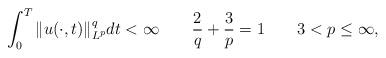
LaTeX: \begin{align*}\int_{0}^{T}\|u(\cdot,t)\|_{L^{p}}^{q}dt<\infty\ \ \ \ \ \ \frac{2}{q}+\frac{3}{p}=1\ \ \ \ \ \ 3<p\leq \infty,\end{align*}